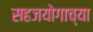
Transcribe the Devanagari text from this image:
सहजयोगाच्या